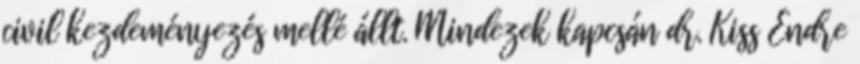
civil kezdeményezés mellé állt. Mindezek kapcsán dr. Kiss Endre